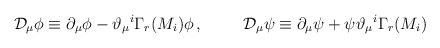
\begin{align*}\mathcal{D}_{\mu}\phi\equiv \partial_{\mu}\phi - \vartheta_{\mu}{}^{i}\Gamma_{r}(M_{i})\phi\, ,\hspace{1cm} \mathcal{D}_{\mu}\psi\equiv \partial_{\mu}\psi +\psi\vartheta_{\mu}{}^{i}\Gamma_{r}(M_{i})\,\end{align*}